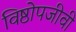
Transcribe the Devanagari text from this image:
विष्ठोपजीवी